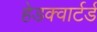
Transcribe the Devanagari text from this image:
हेडक्वार्टर्ड